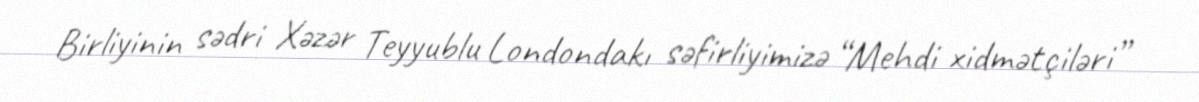
Birliyinin sədri Xəzər Teyyublu Londondakı səfirliyimizə “Mehdi xidmətçiləri”